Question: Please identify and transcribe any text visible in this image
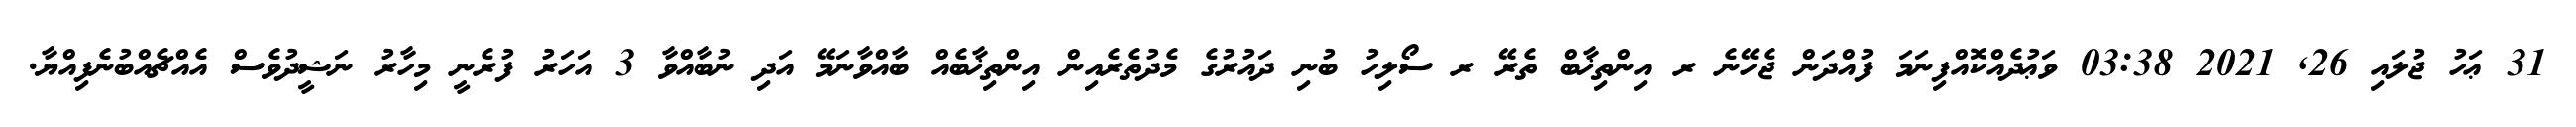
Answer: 31 ޢަހު ޖުލައި 26, 2021 03:38 ވަޢުދެއްކޮއްފިނަމަ ފުއްދަން ޖެހޭނެ ރ އިންތިޚާބް ތެރޭ ރ ސޯލިހު ބުނި ދައުރުގެ މެދުތެރެއިން އިންތިޚާބެއް ބާއްވާނަމޭ އަދި ނުބާއްވާ 3 އަހަރު ފުރެނީ މިހާރު ނަޝީދުވެސް އެއްޗެއްބުނެފިއްޔާ.